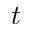
t